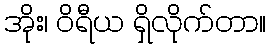
အိုး၊ ဝိရီယ ရှိလိုက်တာ။